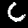
Digit: 6